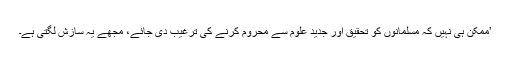
’ممکن ہی نہیں کہ مسلمانوں کو تحقیق اور جدید علوم سے محروم کرنے کی ترغیب دی جائے، مجھے یہ سازش لگتی ہے۔